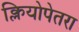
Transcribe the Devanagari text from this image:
क्लियोपेतरा